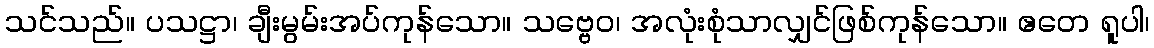
သင်သည်။ ပသဋ္ဌာ၊ ချီးမွမ်းအပ်ကုန်သော။ သဗ္ဗေဝ၊ အလုံးစုံသာလျှင်ဖြစ်ကုန်သော။ ဧတေ ရူပါ၊